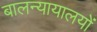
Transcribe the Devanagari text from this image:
बालन्यायालयों